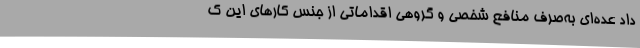
داد عده‌ای به‌صرف منافع شخصی و گروهی اقداماتی از جنس کارهای این ک